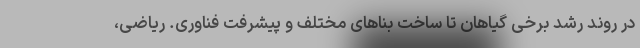
در روند رشد برخی گیاهان تا ساخت بناهای مختلف و پیشرفت فناوری. ریاضی،